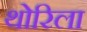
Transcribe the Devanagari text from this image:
थोरिला